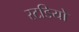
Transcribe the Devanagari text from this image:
स्टडियो